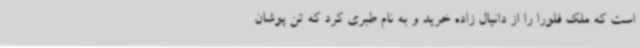
است که ملک فلورا را از دانیال زاده خرید و به نام طبری کرد که تن پوشان